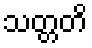
သတ္တတိ